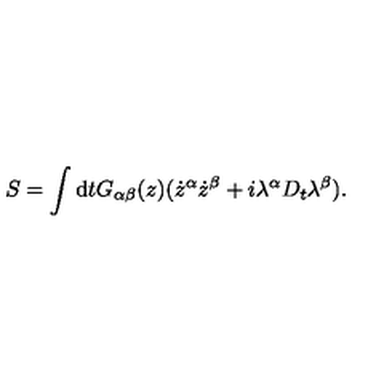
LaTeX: S = \int \mathrm { d } t G _ { \alpha \beta } ( z ) ( \dot { z } ^ { \alpha } \dot { z } ^ { \beta } + i \lambda ^ { \alpha } D _ { t } \lambda ^ { \beta } ) .